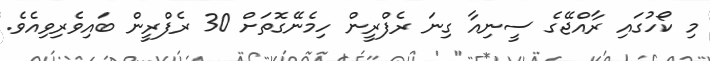
މި ކޯހުގައި ރާއްޖޭގެ ސީނިއާ ގިނަ ރެފްރީން ހިމެނޭގޮތަށް 30 ރެފްރީން ބައިވެރިވިއެވެ.